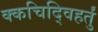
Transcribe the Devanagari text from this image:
क्कचिद्विहर्तुं